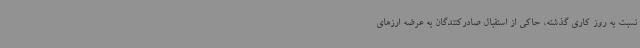
نسبت به روز کاری گذشته، حاکی از استقبال صادرکنندگان به عرضه ارزهای